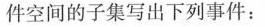
件空间的子集写出下列事件：